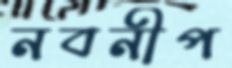
নবনীপ